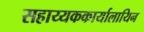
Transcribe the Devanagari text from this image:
सहाय्यककार्यालायिन